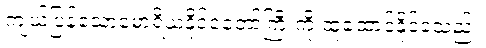
ကျယ်ပြန့်သောမောရိယနိုင်ငံတော်ကြီးကို ထူထောင်နိုင်ခဲ့သည်။